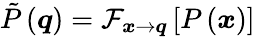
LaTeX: \tilde{P}\left(\boldsymbol{q}\right)=\mathcal{F}_{\boldsymbol{x}\rightarrow\boldsymbol{q}}\left[P\left(\boldsymbol{x}\right)\right]